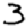
Digit: 3